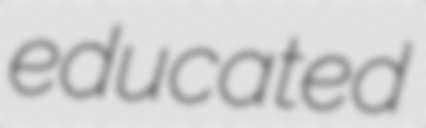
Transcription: educated